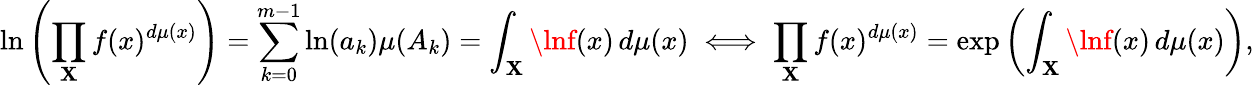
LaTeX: \ln\left(\prod_{\mathbf{X}}f(x)^{d\mu(x)}\right)=\sum_{k=0}^{m-1}\ln(a_{k})\mu(A_{k})=\int_{\mathbf{X}}\lnf(x)\, d\mu(x)\iff\prod_{\mathbf{X}}f(x)^{d\mu(x)}=\exp\left(\int_{\mathbf{X}}\lnf(x)\, d\mu(x)\right),